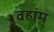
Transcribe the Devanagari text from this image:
वहांम्